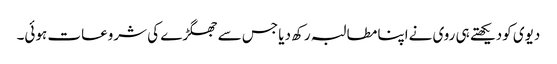
دیوی کودیکھتے ہی روی نےاپنا مطالبہ رکھ دیا جس سے جھگڑے کی شروعات ہوئی۔